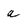
Character: a